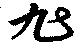
旭